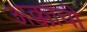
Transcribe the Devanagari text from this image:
अक्काची